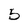
Character: 5